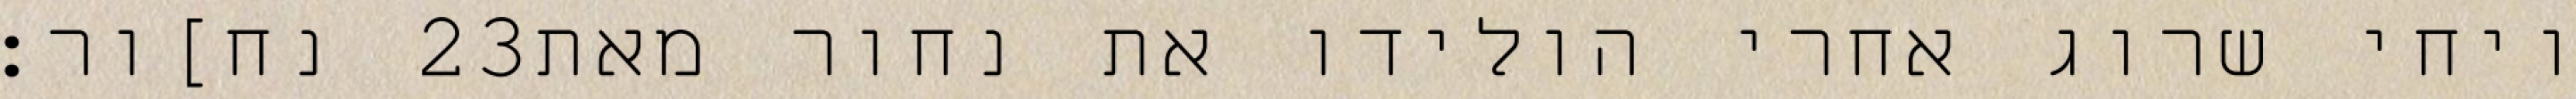
נח]ור׃ ‎23‏ ויחי שרוג אחרי הולידו את נחור מאת